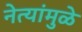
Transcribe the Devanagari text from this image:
नेत्यांमुळे